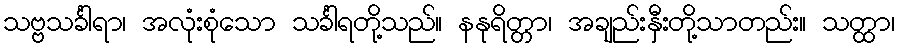
သဗ္ဗသင်္ခါရာ၊ အလုံးစုံသော သင်္ခါရတို့သည်။ နနုရိတ္တာ၊ အချည်းနှီးတို့သာတည်း။ သတ္ထာ၊